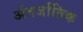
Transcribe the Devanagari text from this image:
अंतर्जातिक